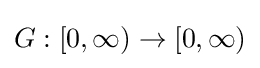
G:[0,\infty )\rightarrow [0,\infty )